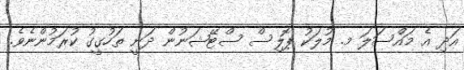
އަދި އެ މައްސަލަ މ. މުލަކު ޕޮލިސް ސްޓޭޝަނުން ދަނީ ތަހުގީގު ކުރަމުންނެވެ.